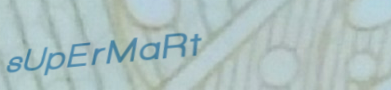
sUpErMaRt